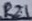
Text: R21